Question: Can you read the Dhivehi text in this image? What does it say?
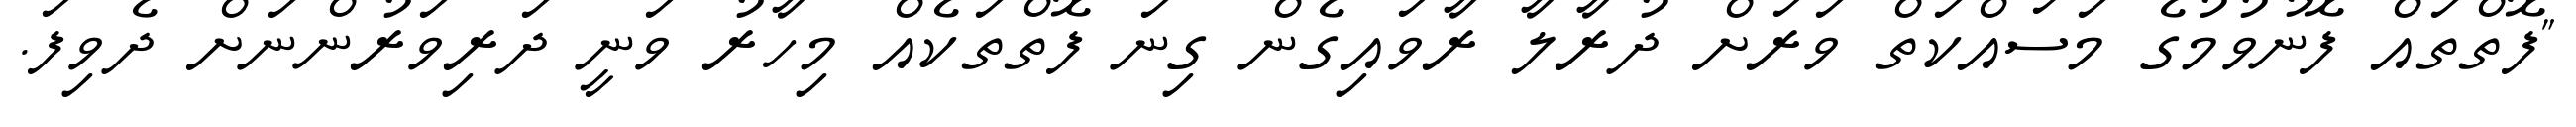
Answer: "ފޮތްތައް ފޮނުވުމުގެ މަސައްކަތް ވަރަށް ދުރާލާ ރާވައިގެން ގިނަ ފޮތްތަކެއް މިހާރު ވަނީ ދަރިވަރުންނަށް ދެވިފަ.